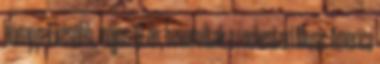
hónappal később, május 10-én, bevonultak a rochesteri Music America